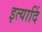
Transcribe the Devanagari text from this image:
इत्यादिं